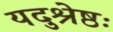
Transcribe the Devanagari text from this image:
यदुश्रेष्ठः